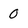
Character: 0